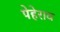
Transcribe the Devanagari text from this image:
पेहेराव